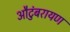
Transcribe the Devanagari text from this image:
औटुंबरायण